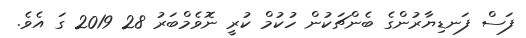
ފަސް ފަނޑިޔާރުންގެ ބެންޗަކުން ހުކުމް ކުރީ ނޮވެމްބަރު 28 2019 ގަ އެވެ.